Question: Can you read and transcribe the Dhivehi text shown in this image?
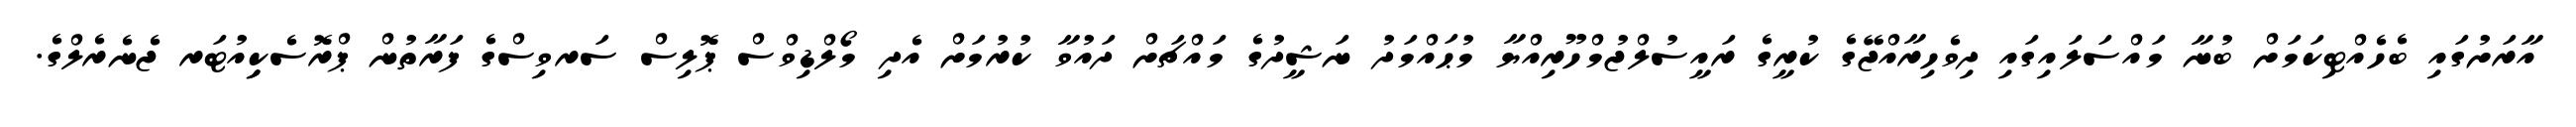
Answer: އާރަށުގައި ބެހެއްޓިކަމަށް ބުނާ މައްސަލައިގައި ދިވެހިރާއްޖޭގެ ކުރީގެ ރައީސުލްޖުމްހޫރިއްޔާ މުޙައްމަދު ނަޝީދުގެ މައްޗަށް ދައުވާ ކުރުމަށް އެދި މޯލްޑިވްސް ޕޮލިސް ސަރވިސްގެ ފަރާތުން ޕްރޮސެކިިއުޓަރ ޖެނެރެލްގެ.